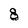
Character: g